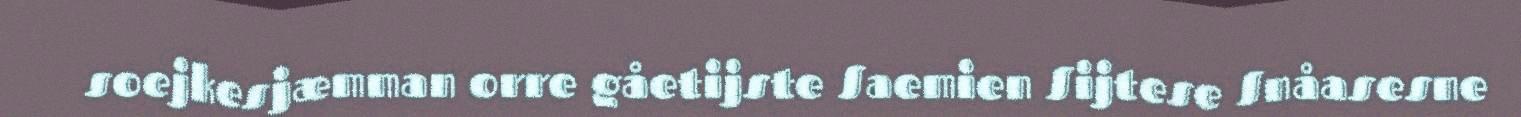
soejkesjæmman orre gåetijste Saemien Sijtese Snåasesne